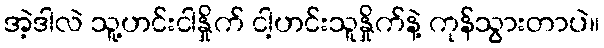
အဲ့ဒါလဲ သူ့ဟင်းငါနှိုက် ငါ့ဟင်းသူနှိုက်နဲ့ ကုန်သွားတာပဲ။